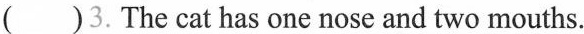
()3.The cat has one nose and two mouths.